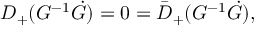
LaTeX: D _ { + } ( G ^ { - 1 } \dot { G } ) = 0 = \bar { D } _ { + } ( G ^ { - 1 } \dot { G } ) ,